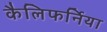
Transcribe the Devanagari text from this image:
कैलिफर्निया